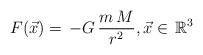
LaTeX: \begin{align*} F(\vec{x})=\,-G\,\frac{m\, M}{r^2}, \vec{x}\in\,\mathbb{R}^3 \end{align*}